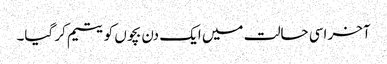
آخر اسی حالت میں ایک دن بچوں کو یتیم کر گیا۔